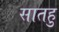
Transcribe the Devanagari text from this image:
सातहु